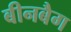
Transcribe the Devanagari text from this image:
बीनबैग